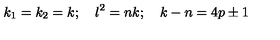
k _ { 1 } = k _ { 2 } = k ; \quad l ^ { 2 } = n k ; \quad k - n = 4 p \pm 1